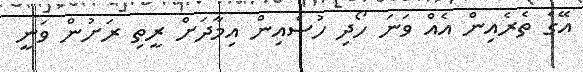
އޭގެ ތެރެއިން އެއް ވަނަ ހޯދި ހުސެއިން އިމާދަށް ރީތި ރަށުން ވަނީ